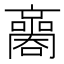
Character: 𡃬